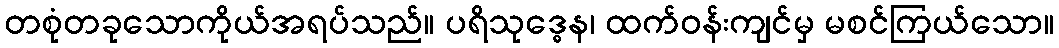
တစုံတခုသောကိုယ်အရပ်သည်။ ပရိသုဒ္ဓေန၊ ထက်ဝန်းကျင်မှ မစင်ကြယ်သော။